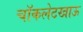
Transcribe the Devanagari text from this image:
चॉकलेटखाऊ